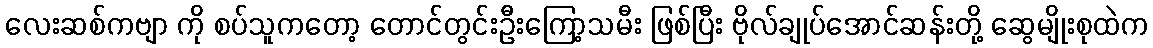
လေးဆစ်ကဗျာ ကို စပ်သူကတော့ တောင်တွင်းဦးကြော့သမီး ဖြစ်ပြီး ဗိုလ်ချုပ်အောင်ဆန်းတို့ ဆွေမျိုးစုထဲက